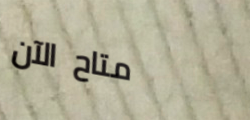
متاح الآن